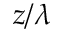
z / \lambda